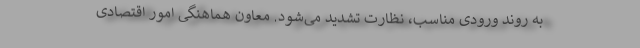
به روند ورودی مناسب، نظارت تشدید می‌شود. معاون هماهنگی امور اقتصادی